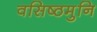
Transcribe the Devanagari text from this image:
वसिष्ठमुनि